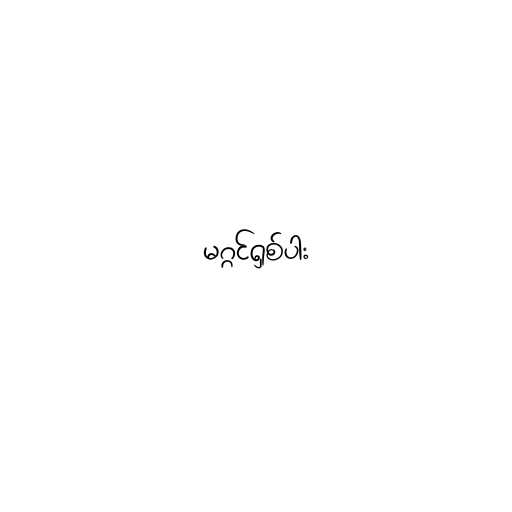
မဂ္ဂင်ရှစ်ပါး